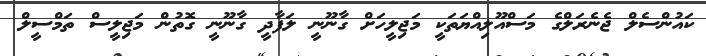
ކައުންސެލް ޖެނެރަލްގެ މަސްއޫލިއްޔަތަކީ މަޖިލީހަށް ގާނޫނީ ލަފާދީ ގާނޫނީ ގޮތުން މަޖިލީސް ތަމްސީލް